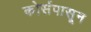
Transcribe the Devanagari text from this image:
कोर्सपासून